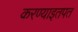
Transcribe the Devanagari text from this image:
करण्याइतपत